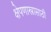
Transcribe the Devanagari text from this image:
क्षेपणास्त्रासाठी